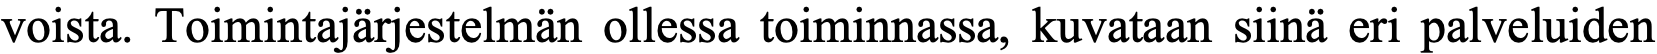
voista. Toimintajärjestelmän ollessa toiminnassa, kuvataan siinä eri palveluiden